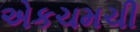
એકચમચી